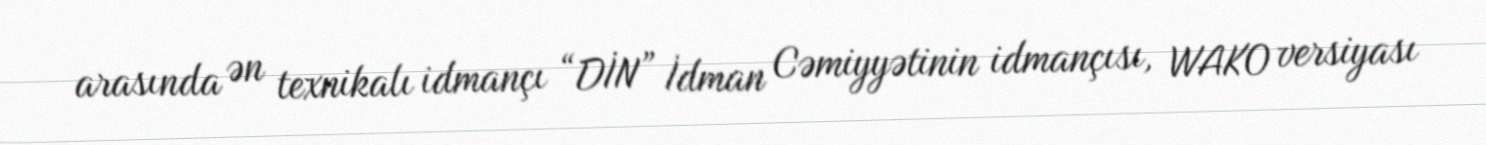
arasında ən texnikalı idmançı “DİN” İdman Cəmiyyətinin idmançısı, WAKO versiyası